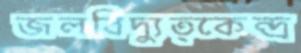
জলবিদ্যুত্কেন্দ্র